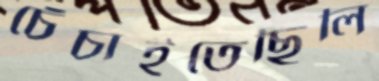
চেঁচাইতেছিলি